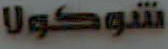
شوكولا